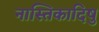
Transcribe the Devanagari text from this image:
नास्तिकादिषु